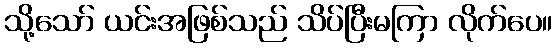
သို့သော် ယင်းအဖြစ်သည် သိပ်ပြီးမကြာ လိုက်ပေ။